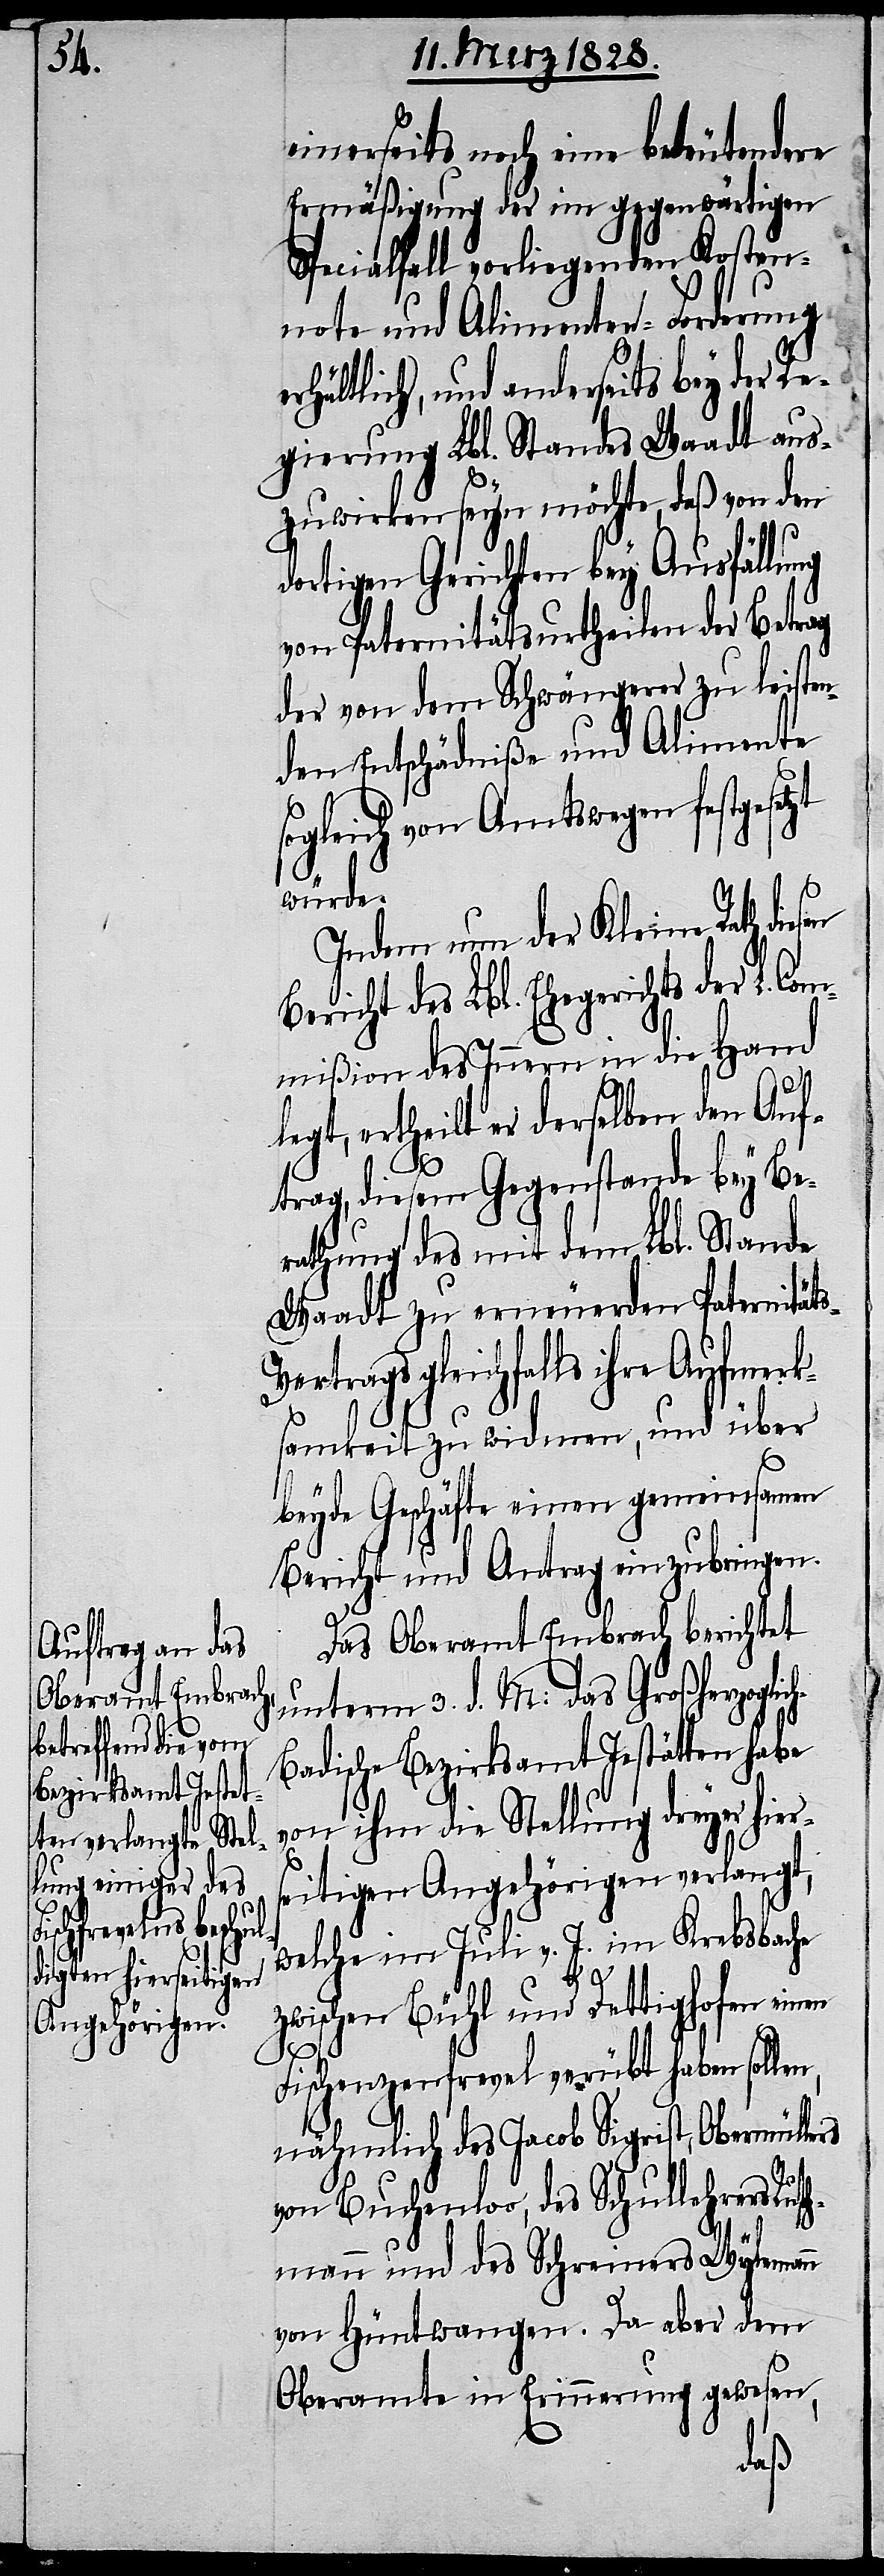
e¬

einerseits noch eine bedeutendere
Ermäßigung der im gegenwärtigen
Spezialfall vorliegenden Kosten¬
note und Alimenten-Forderung
rhältlich, und anderseits bey der Re¬
gierung Lbl. Standes Waadt aus¬
zuwirken seyn möchte, daß von den
dortigen Gerichten bey Ausfällung
von Paternitätsurtheilen der Betrag
der von dem Schwängerer zu leisten¬
den Entschädniße und Alimente
ogleich von Amtswegen festges¬
würde.
Indem nun der Kleine Rath
Bericht des Lbl. Ehegerichts der L.
mmißion des Innern in die Hand
Co¬
legt, ertheilt er derselben den Auf¬
trag, diesem Gegenstand bey Be¬
rathung des mit dem Lbl. Stande
Waadt zu erneuernden Paternität¬
ertrags gleichfalls ihre Aufmerks¬
s¬
amkeit zu widmen, und über
beyde Geschäfte einen gemeinsamen
Bericht und Antrag einzubringen.
Das Oberamt Embrach berichtet
unterm 3. d. M: das Großherzogli¬
adische Bezirksamt Jestätten habe
von ihm die Stellung dreyer hier¬
seitigen Angehörigen verlangt,
welche im Juli v. J. im Krebsbache
ch-B¬
zwischen Bühl und Dettighofen einen
Fischenzenfrevel verübt haben sollen,
nähmlich des Jacob Sigrist, Obermüllers
von Buchenloo, des Schullehrers Ruts¬
chmann und des Schreiners Wylemann
von Hüntwangen. Da aber dem
Oberamte in Erinnerung gewesen,